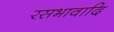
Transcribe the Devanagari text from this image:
रसभावादि